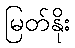
မြတ်နိုး